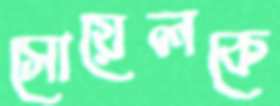
সোয়েলকে